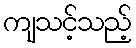
ကျသင့်သည့်